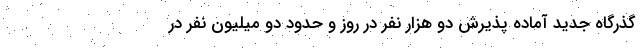
گذرگاه جدید آماده پذیرش دو هزار نفر در روز و حدود دو میلیون نفر در